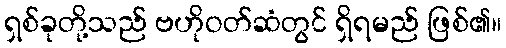
ရှစ်ခုတို့သည် ဗဟိုဝတ်ဆံတွင် ရှိရမည် ဖြစ်၏။